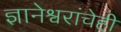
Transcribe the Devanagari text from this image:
ज्ञानेश्वरांचेही